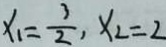
x _ { 1 } = \frac { 3 } { 2 } , x _ { 2 } = 2